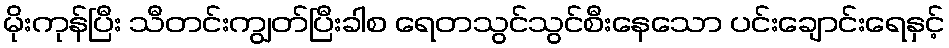
မိုးကုန်ပြီး သီတင်းကျွတ်ပြီးခါစ ရေတသွင်သွင်စီးနေသော ပင်းချောင်းရေနှင့်